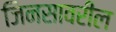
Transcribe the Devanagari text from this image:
जिनसावरील